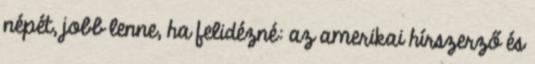
népét, jobb lenne, ha felidézné: az amerikai hírszerző és